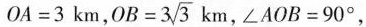
$$O A = 3$$km，$$O B = 3 \sqrt { 3